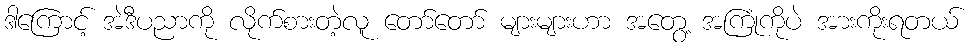
ဒါကြောင့် အဲဒီပညာကို လိုက်စားတဲ့လူ တော်တော် များများဟာ အတွေ့ အကြုံကိုပဲ အားကိုးရတယ်